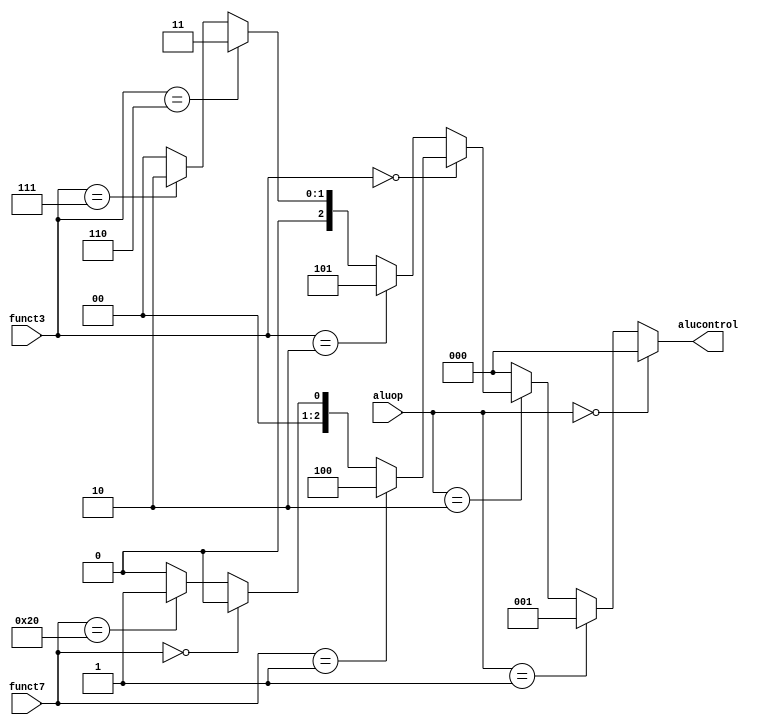
module alu_decoder(
  input  [6:0]funct7,
  input [2:0] funct3,
  input [1:0] aluop,
  output reg [2:0] alucontrol
);
   always @(*) begin
    
    if (aluop == 2'b00) begin
      alucontrol <= 3'b000;
    end
    
    else if (aluop == 2'b01) begin
      alucontrol <= 3'b001;  
    end
    
    else if (aluop == 2'b10) begin
               if (funct3 == 3'b000) begin
//                 if (concat == 2'b00 | concat == 2'b01) begin alucontrol <= 3'b000; end
//                 else if(concat == 2'b10) begin alucontrol<=3'b100; end
//                              else begin alucontrol <= 3'b001;  end
                   if(funct7==7'b0000001)  begin alucontrol<=3'b100;  end //multiply
                   else if(funct7==7'b00000)  begin alucontrol<=3'b000;  end //add
                   else if(funct7==7'b0100000)  begin alucontrol<=3'b001;  end //sub
                   else begin alucontrol<=3'b000; end
                end
      
                else if (funct3 == 3'b010) begin
                alucontrol <= 3'b101;  
                   end
      
                else if (funct3 == 3'b110) begin
                 alucontrol <= 3'b011; 
                  end
      
                else if (funct3 == 3'b111) begin
                 alucontrol <= 3'b010;      
                   end
      
              else begin
         alucontrol <= 3'b000;
                 end
      
    end
    
    else begin   
      alucontrol <= 3'b000;
    end
  end
endmodule